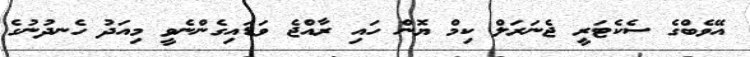
އޭވެބްގެ ސެކެޓަރީ ޖެނަރަލް ކިމް ޔޮން ހައި ރާއްޖެ ވަޑައިގެންނެވީ މިއަދު ހެނދުނުގެ